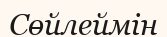
Сөйлеймін